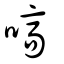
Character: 嗃